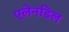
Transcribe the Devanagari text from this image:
एलेनडिल